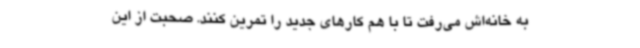
به خانه‌اش می‌رفت تا با هم کارهای جدید را تمرین کنند. صحبت از این